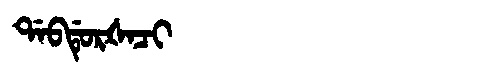
Manchu: ᡩᠠᠪᡩᡠᡵᡧᠠᠴᡳ
Romanization: DABDURŠACI